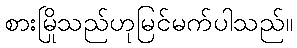
စားမြိုသည်ဟုမြင်မက်ပါသည်။